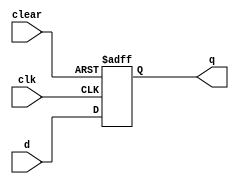
module d_flip_flop (
    input wire clear,
    input wire clk,
    input wire d,
    output reg q
);

always @ (posedge clk or posedge clear)
begin
    if (clear)
        q <= 1'b0;
    else
        q <= d;
end

endmodule